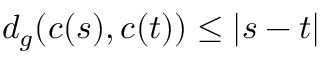
d _ { g } ( c ( s ) , c ( t ) ) \leq | s - t |